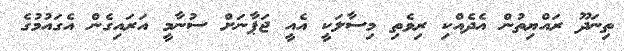
ތިނަދޫ ރައްޔިތުން އެދެއްކި ރިވެތި މިސާލަކީ އެއީ ޖަޕާނަށް ސުނާމީ އަރައިގެން އެގައުމުގެ